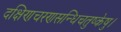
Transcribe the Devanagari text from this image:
दक्षिणचरणसन्धिचतुष्केषु।